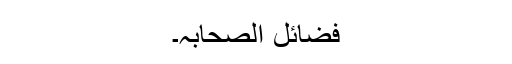
فضائل الصحابہ۔